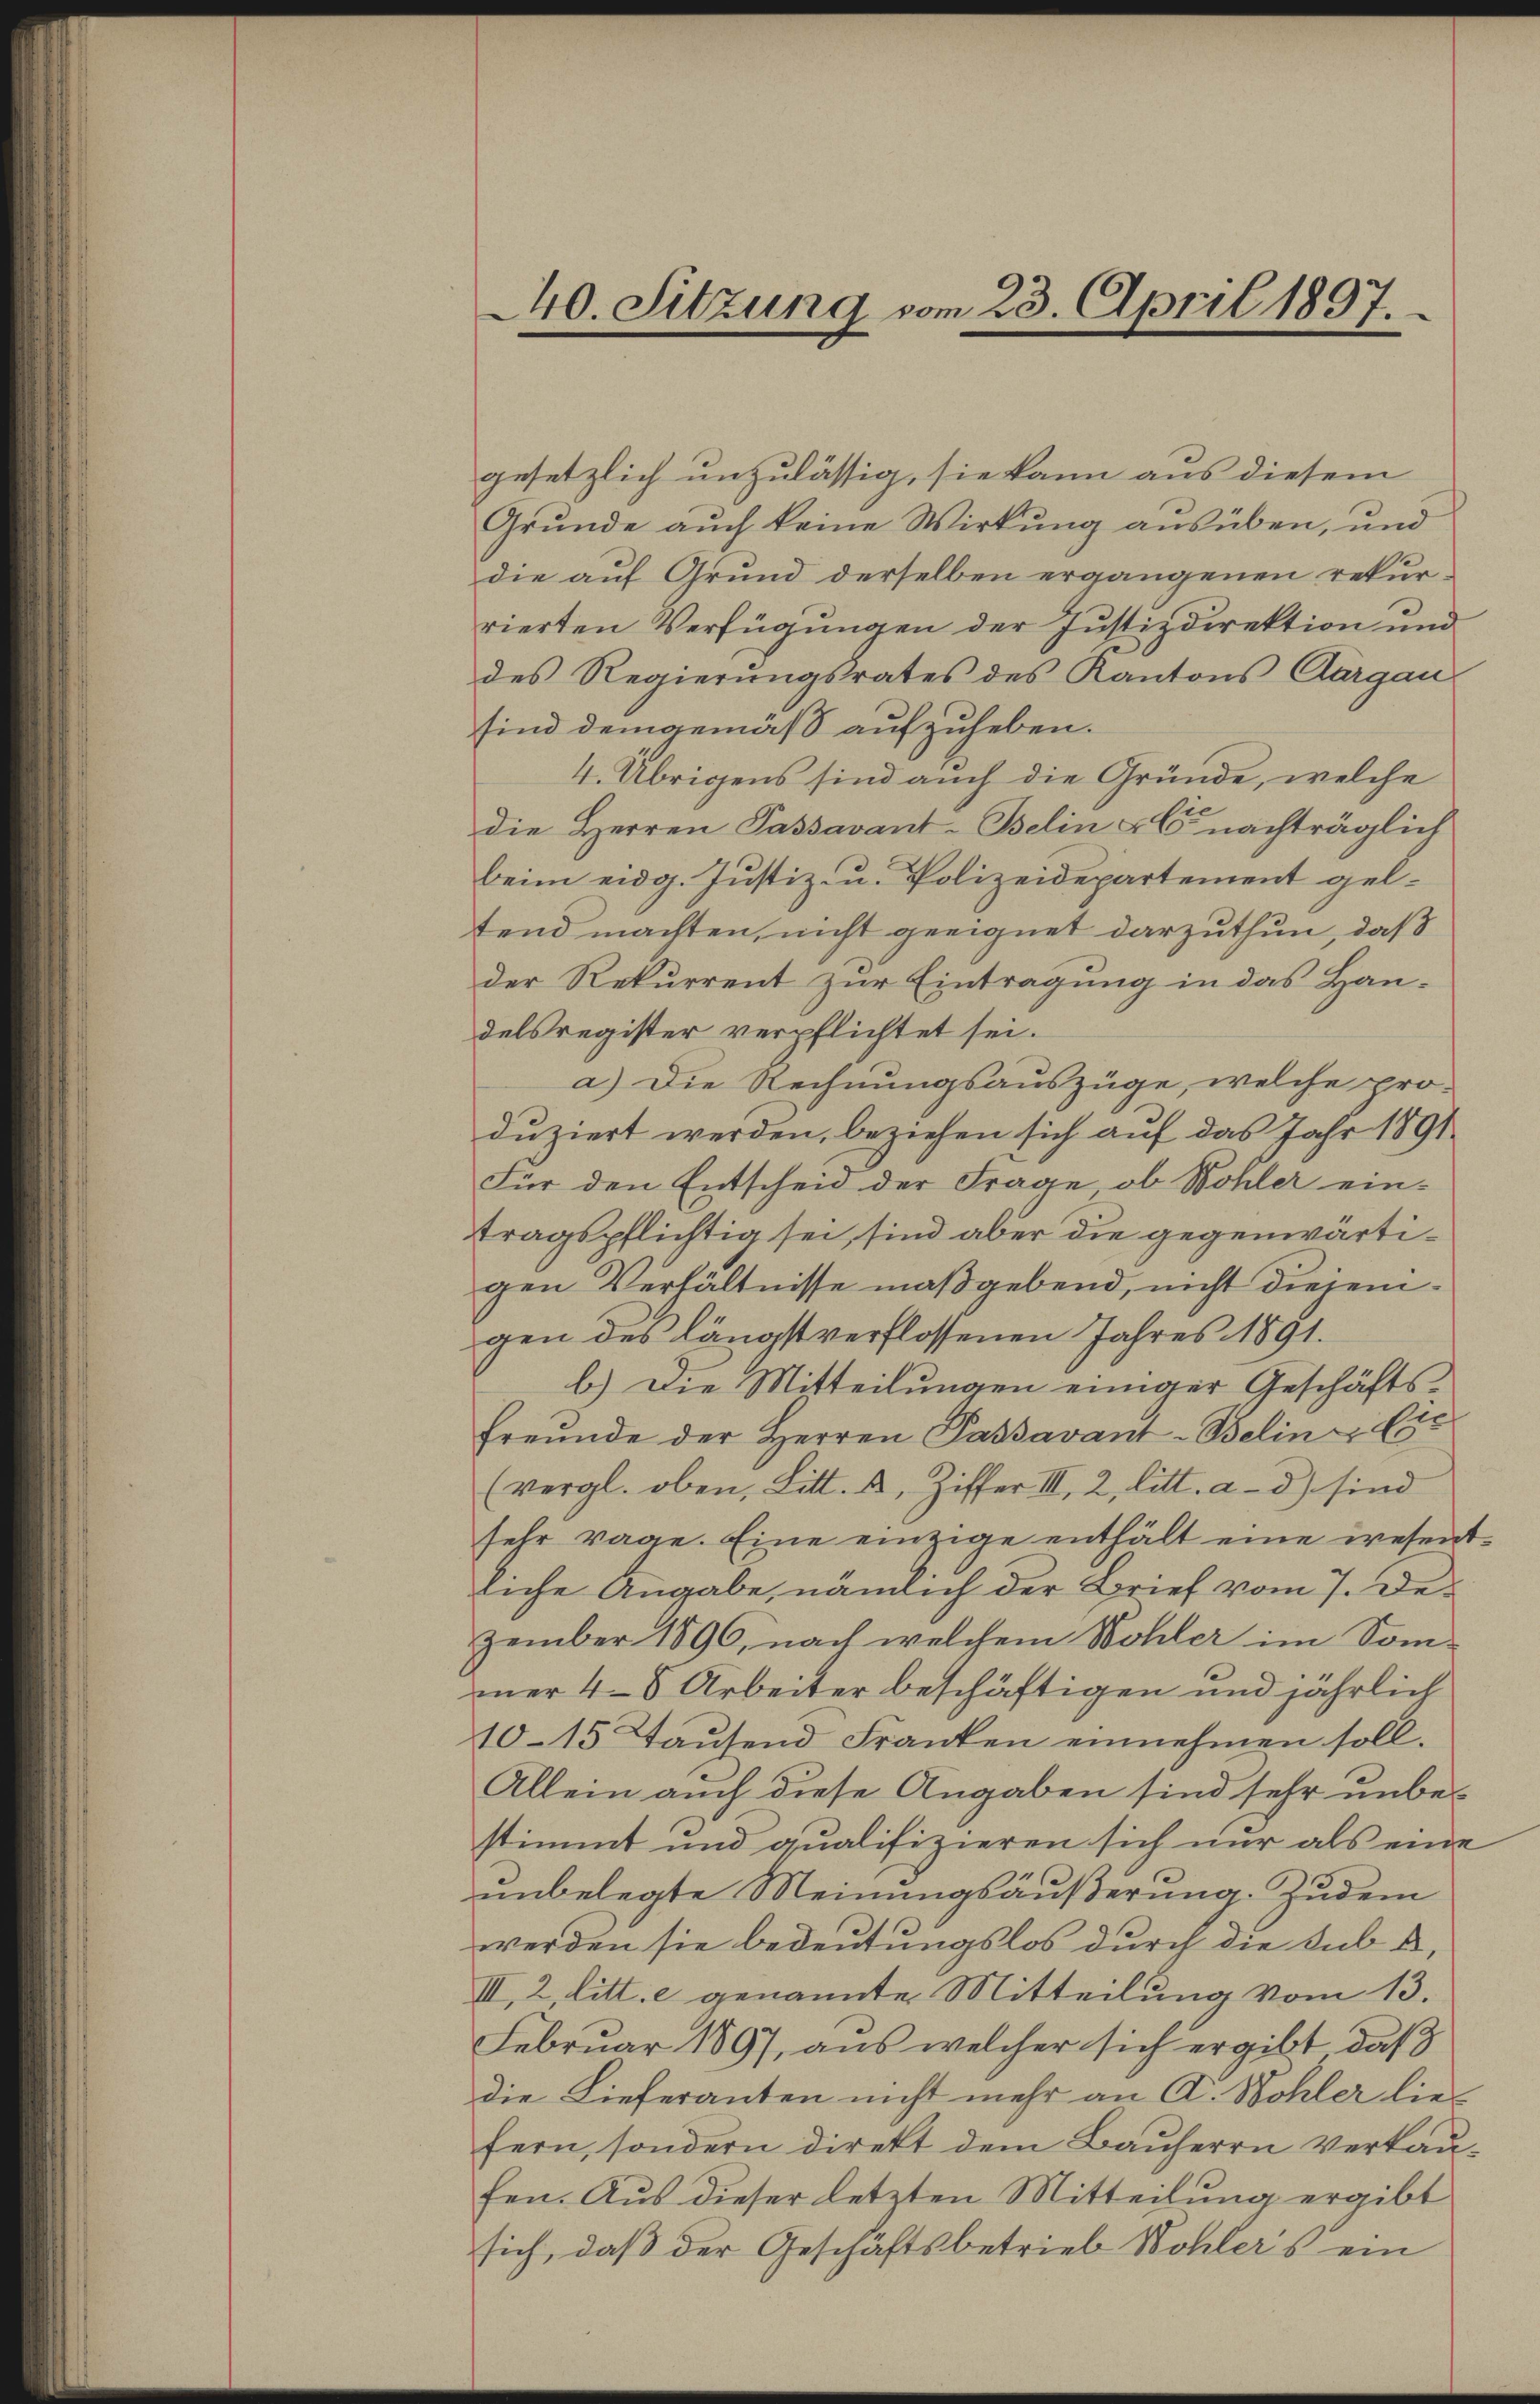
0. Sitzung vom 23. April 1897.

gesetzlich unzulässig, sie kann aus diesem
Grunde auch keine Wirkung ausüben, und
die auf Grund derselben ergangenen rekurrierten Verfügungen der Justizdirektion und
des Regierungsrates des Kantons Aargau
sind demgemäß aufzuheben.
4. Übrigens sind auch die Gründe, welche
die Herren Passavant-Belin - nachträglich
beim eidg. Justiz- u. Polizeidepartement geltend machten, nicht geeignet darzuthun, daß
der Rekurrent zur Eintragung in das Han-
delsregister verpflichtet sei.
a.) Die Rechnungsauszüge, welche pro-
duziert werden, beziehen sich auf das Jahr 1891
Für den Entscheid der Frage, ob Wohler eintragspflichtig sei, sind aber die gegenwärtigen Verhältnisse maßgebend, nicht diejenigen des längst verflossenen Jahres 1891.
b.) Die Mitteilungen einiger Geschäftsfreunde der Herren Passavant-Belin - Es
(vergl. oben, Litt. a, Ziffer III, 2, litt. a - 3) sind
sehr rage. Eine einzige enthält eine wesentliche Angabe, nämlich der Brief vom 7. Dezember 1890, nach welchem Wohler im Som-
mner 48 Arbeiter beschäftigen und jährlich
10–15 Tausend Franken einnehmen soll.
Allein auch diese Angaben sind sehr unbestimmt und qualifizieren sich nur als eine
unbelegte Meinungsäußerung. Zudem
werden sie bedeutungslos durch die Sub A.
III, 2, litt. c genannte Mitteilung vom 13.
Februar 1897, aus welcher sich ergibt, daß
die Lieferanten nicht mehr an A. Wohler liefern, sondern direkt dem Bauherrn verkaufen. Aus dieser letzten Mitteilung ergibt
sich, daß der Geschäftsbetrieb Wohlers ein